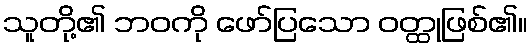
သူတို့၏ ဘဝကို ဖော်ပြသော ဝတ္ထုဖြစ်၏။